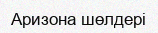
Аризона шөлдері